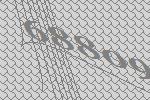
68809